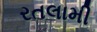
રતલામી